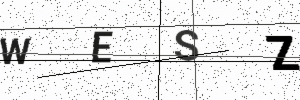
Text: WESZ